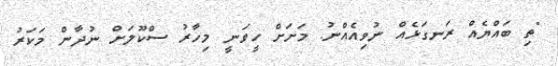
"ތި ބައްޔެއް ރަނގަޅެއް ނުވިއެއްނު. މަށަށް ހީވަނީ މިހާރު ސްކޫލަށް ނުދާން މަކަރު